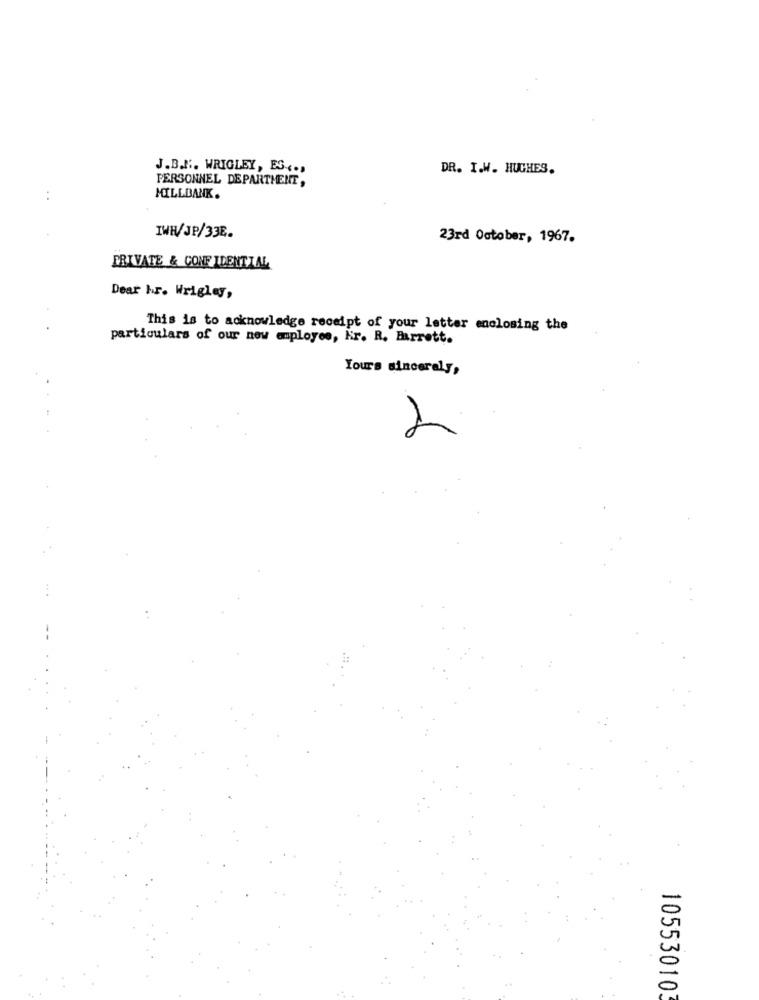
J.B.J .. WRIGLEY, ES ...
DR. I.W. HUGHES.
PERSONNEL DEPARTMENT,
MILLDANK.
IWH/JP/33E.
23rd October, 1967.
PRIVATE & CONFIDENTIAL
Dear hr. Wrigley,
This is to acknowledge receipt of your letter enclosing the
particulars of our new employee, Kr. R. Barrett.
Yours sincerely,
105530103